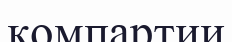
компартии